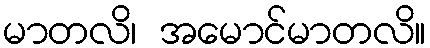
မာတလိ၊ အမောင်မာတလိ။